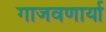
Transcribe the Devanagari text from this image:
गाजवणार्या